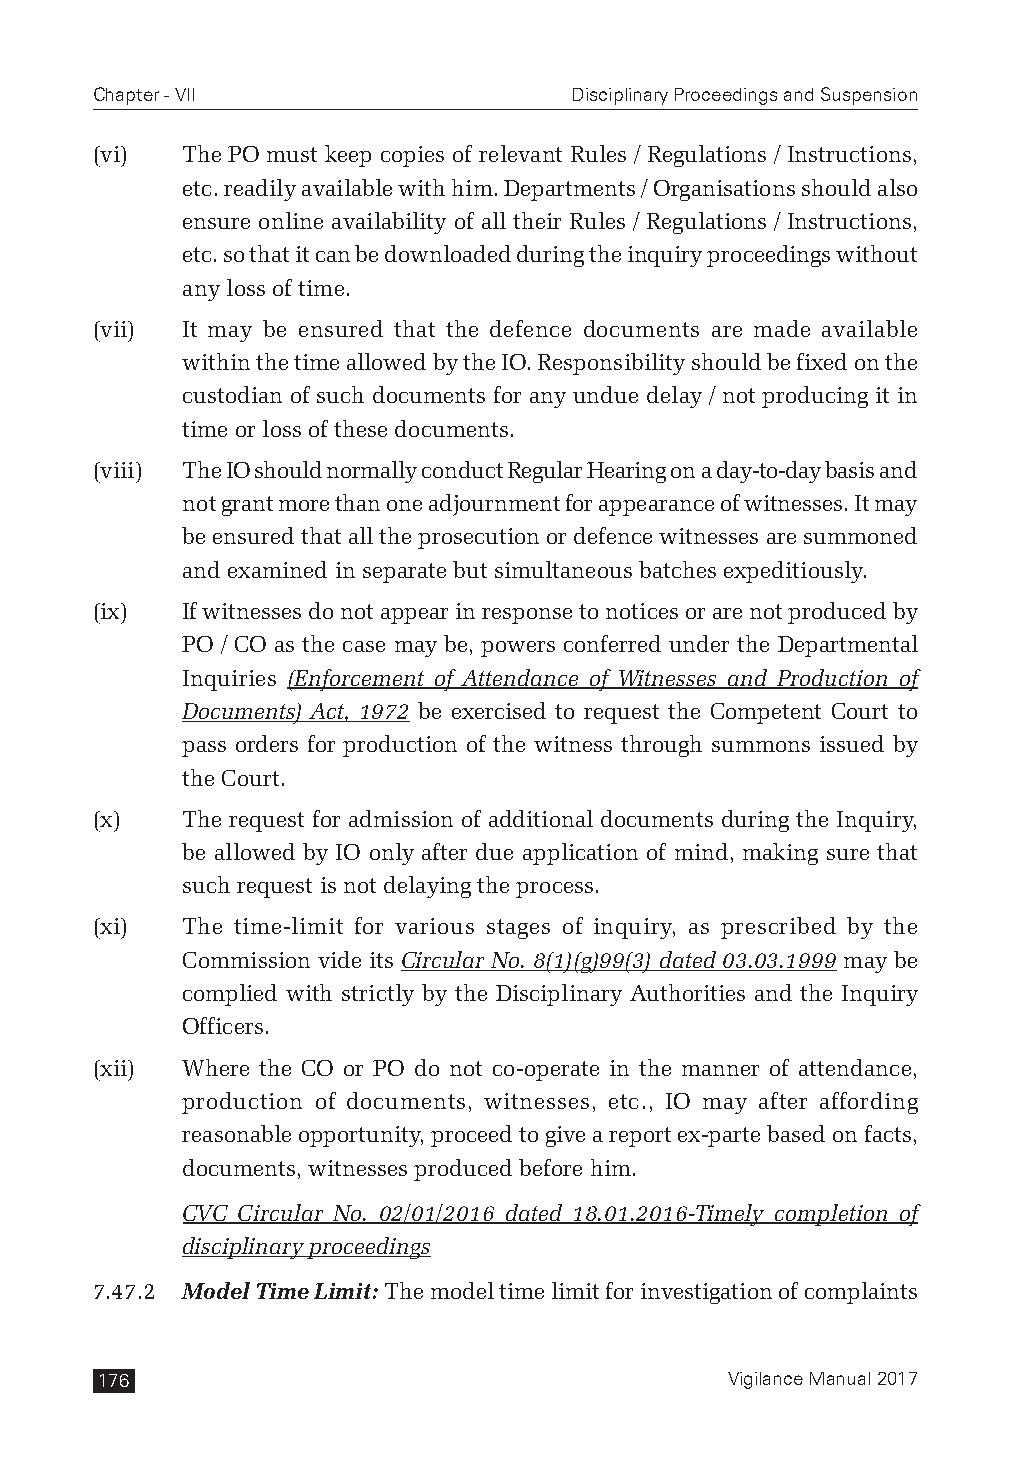
Chapter - VII                   Disciplinary Proceedings and Suspension
 (vi)  The PO must keep copies of relevant Rules / Regulations / Instructions,
 etc. readily available with him. Departments / Organisations should also
 ensure online availability of all their Rules / Regulations / Instructions,
 etc. so that it can be downloaded during the inquiry proceedings without
 any loss of time.
 (vii) It may be ensured that the defence documents are made available
 within the time allowed by the IO. Responsibility should be fixed on the
 custodian of such documents for any undue delay / not producing it in
 time or loss of these documents.
 (viii) The IO should normally conduct Regular Hearing on a day-to-day basis and
 not grant more than one adjournment for appearance of witnesses. It may
 be ensured that all the prosecution or defence witnesses are summoned
 and examined in separate but simultaneous batches expeditiously.
 (ix)  If witnesses do not appear in response to notices or are not produced by
 PO / CO as the case may be, powers conferred under the Departmental
 Inquiries (Enforcement of Attendance of Witnesses and Production of
 Documents) Act, 1972 be exercised to request the Competent Court to
 pass orders for production of the witness through summons issued by
 the Court.
 (x)   The request for admission of additional documents during the Inquiry,
 be allowed by IO only after due application of mind, making sure that
 such request is not delaying the process.
 (xi)  The time-limit for various stages of inquiry, as prescribed by the
 Commission vide its Circular No. 8(1)(g)99(3) dated 03.03.1999 may be
 complied with strictly by the Disciplinary Authorities and the Inquiry
 Officers.
 (xii) Where the CO or PO do not co-operate in the manner of attendance,
 production of documents, witnesses, etc., IO may after affording
 reasonable opportunity, proceed to give a report ex-parte based on facts,
 documents, witnesses produced before him.
 CVC Circular No. 02/01/2016 dated 18.01.2016-Timely completion of
 disciplinary proceedings
 7.47.2 Model Time Limit: The model time limit for investigation of complaints
 176                                       Vigilance Manual 2017